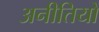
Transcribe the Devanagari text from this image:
अनीतियों